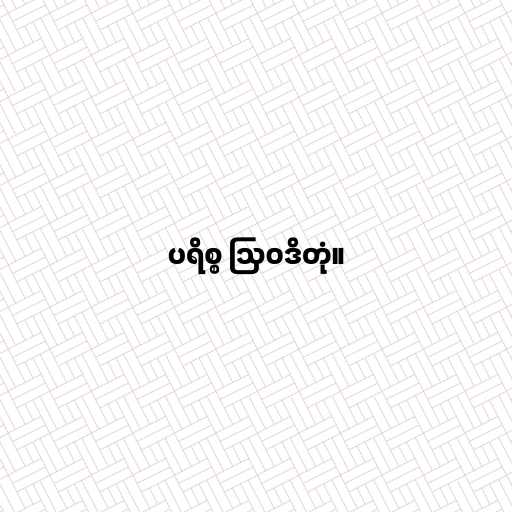
ပရိစ္စ ဩဝဒိတုံ။